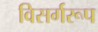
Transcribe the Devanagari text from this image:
विसर्गरूप